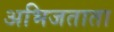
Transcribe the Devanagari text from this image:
अभिजताता